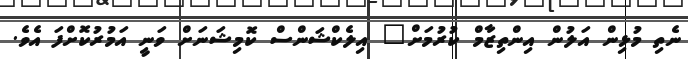
ނެތި މުޅިން އަލުން އިންތިޒާމް ކުރުމަށް" އިލެކްޝަންސް ކޮމިޝަނަށް ވަނީ އަމުރުކޮށްފަ އެވެ.